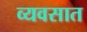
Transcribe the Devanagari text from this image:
व्यवसात